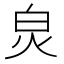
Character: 𤽈